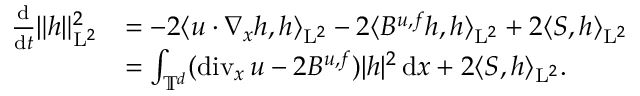
\begin{array} { r l } { \frac { \mathrm { d } } { \mathrm { d } t } \Vert h \Vert _ { \mathrm { L } ^ { 2 } } ^ { 2 } } & { = - 2 \langle u \cdot \nabla _ { x } h , h \rangle _ { \mathrm { L } ^ { 2 } } - 2 \langle B ^ { u , f } h , h \rangle _ { \mathrm { L } ^ { 2 } } + 2 \langle S , h \rangle _ { \mathrm { L } ^ { 2 } } } \\ & { = \int _ { \mathbb T ^ { d } } ( \mathrm { d i v } _ { x } \, u - 2 B ^ { u , f } ) \vert h \vert ^ { 2 } \, \mathrm { d } x + 2 \langle S , h \rangle _ { \mathrm { L } ^ { 2 } } . } \end{array}